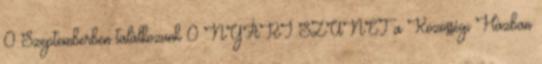
0 Szeptemberben találkozunk 0 NYÁRI SZÜNET a Közösségi Házban